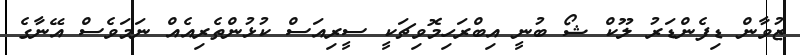
ޒުވާން ޑިފެންޑަރު ލޫކް ޝޯ ބުނީ އިބްރަހިމޮވިޗަކީ ސީރިއަސް ކުޅުންތެރިއެއް ނަމަވެސް އޭނާގެ